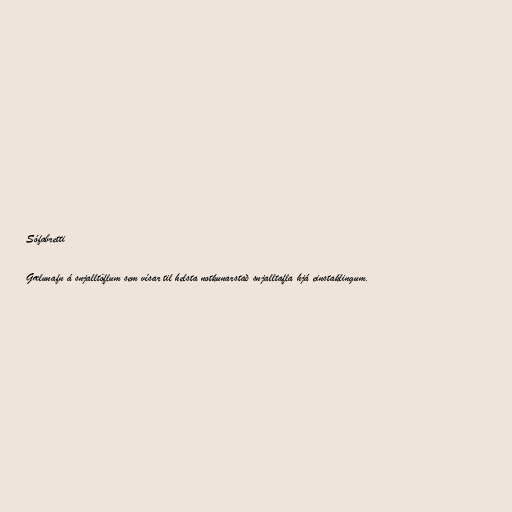
Sófabretti

Gælunafn á snjalltöflum sem vísar til helsta notkunarstað snjalltafla hjá einstaklingum.